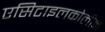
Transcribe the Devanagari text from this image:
एसिटाइलकोलीन